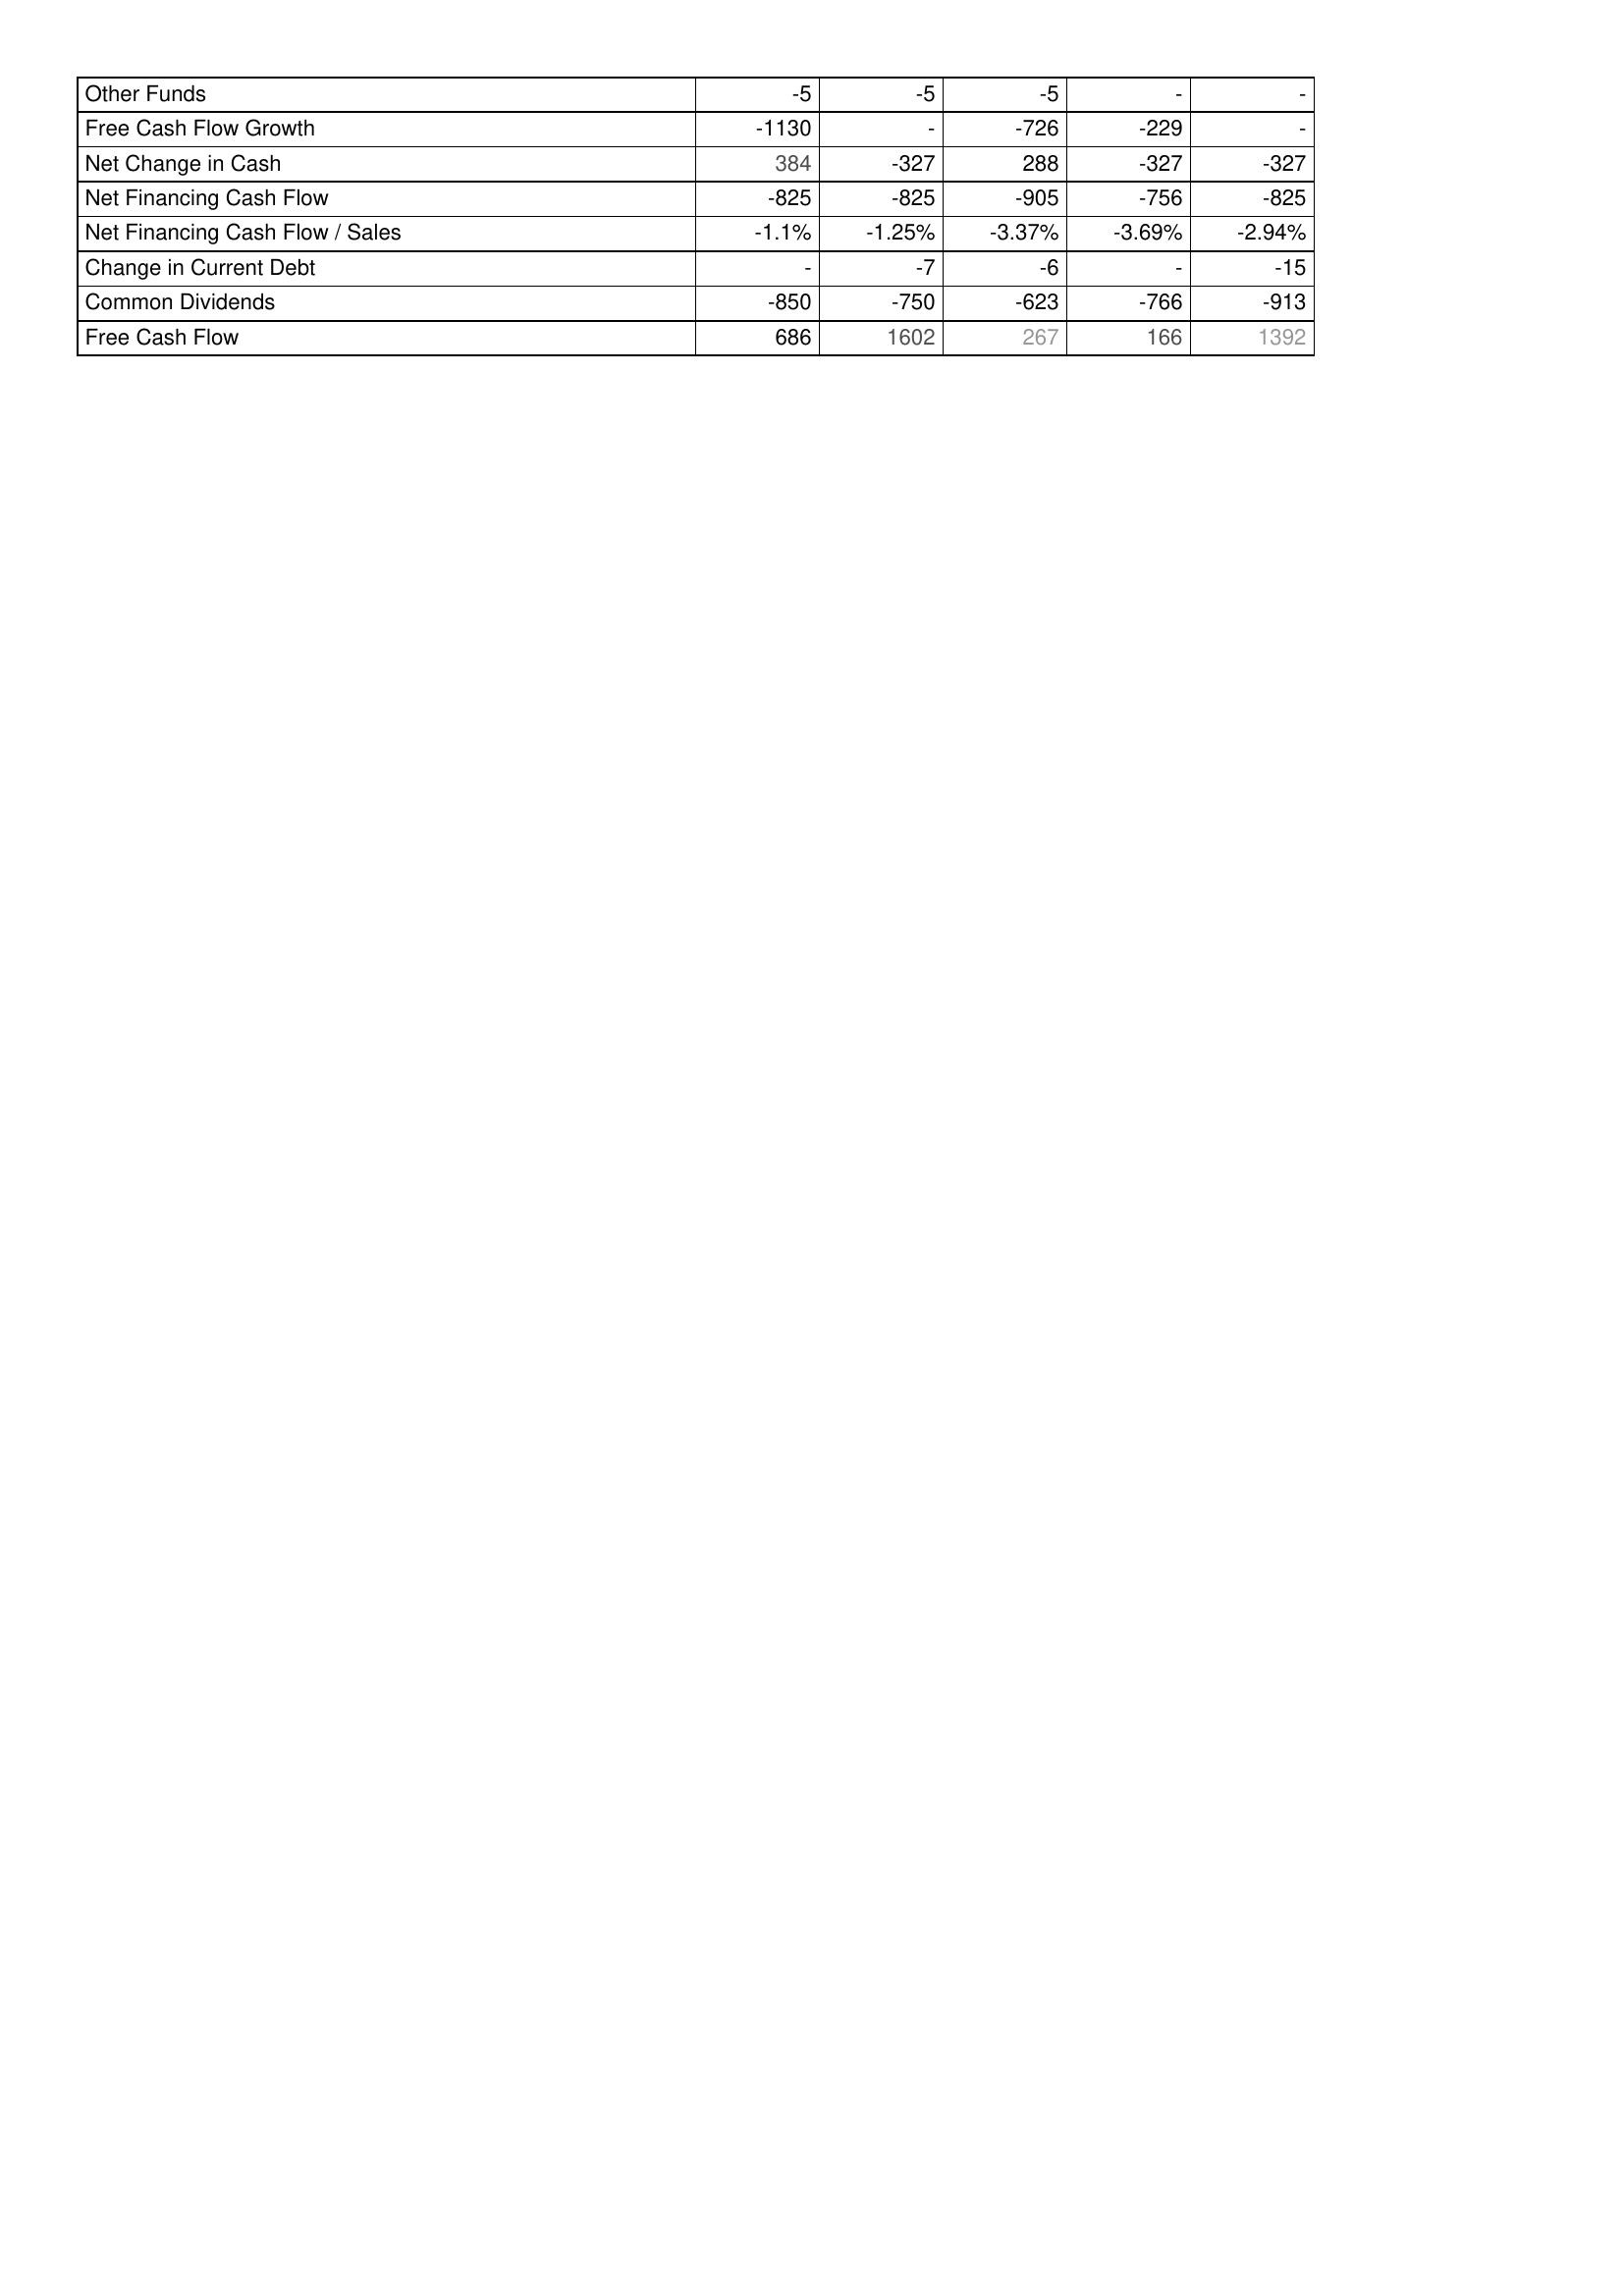
2013: Financing Activities: Other Funds: -5
Free Cash Flow Growth: -1130
Net Change in Cash: 384
Net Financing Cash Flow: -825
Net Financing Cash Flow / Sales: -1.1%
Change in Current Debt: -
Common Dividends: -850
Free Cash Flow: 686
2012: Financing Activities: Other Funds: -5
Free Cash Flow Growth: -
Net Change in Cash: -327
Net Financing Cash Flow: -825
Net Financing Cash Flow / Sales: -1.25%
Change in Current Debt: -7
Common Dividends: -750
Free Cash Flow: 1602
2011: Financing Activities: Other Funds: -5
Free Cash Flow Growth: -726
Net Change in Cash: 288
Net Financing Cash Flow: -905
Net Financing Cash Flow / Sales: -3.37%
Change in Current Debt: -6
Common Dividends: -623
Free Cash Flow: 267
2010: Financing Activities: Other Funds: -
Free Cash Flow Growth: -229
Net Change in Cash: -327
Net Financing Cash Flow: -756
Net Financing Cash Flow / Sales: -3.69%
Change in Current Debt: -
Common Dividends: -766
Free Cash Flow: 166
2009: Financing Activities: Other Funds: -
Free Cash Flow Growth: -
Net Change in Cash: -327
Net Financing Cash Flow: -825
Net Financing Cash Flow / Sales: -2.94%
Change in Current Debt: -15
Common Dividends: -913
Free Cash Flow: 1392